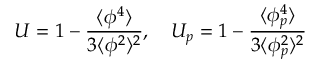
U = 1 - \frac { \langle \phi ^ { 4 } \rangle } { 3 \langle \phi ^ { 2 } \rangle ^ { 2 } } , \ \ \ U _ { p } = 1 - \frac { \langle \phi _ { p } ^ { 4 } \rangle } { 3 \langle \phi _ { p } ^ { 2 } \rangle ^ { 2 } }